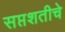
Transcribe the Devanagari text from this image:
सप्तशतीचे